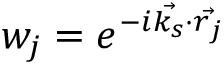
w _ { j } = e ^ { - i \vec { k _ { s } } \cdot \vec { r _ { j } } }